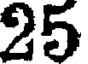
25